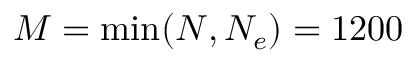
M = \operatorname* { m i n } ( N , N _ { e } ) = 1 2 0 0